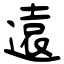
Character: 遠